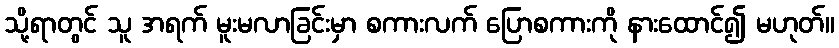
သို့ရာတွင် သူ အရက် မူးမလာခြင်းမှာ စကားလက် ပြောစကားကို နားထောင်၍ မဟုတ်။